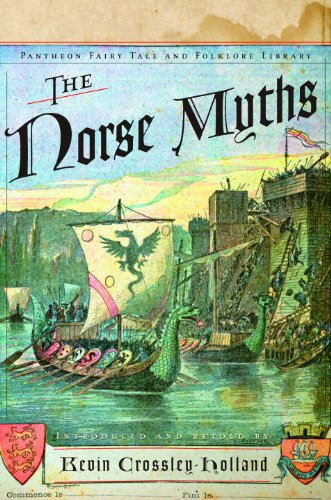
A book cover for The Norse Myths (The Pantheon Fairy Tale and Folklore Library); Kevin Crossley-Holland; Literature & Fiction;